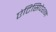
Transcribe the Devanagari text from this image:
एंटिसिपेशन